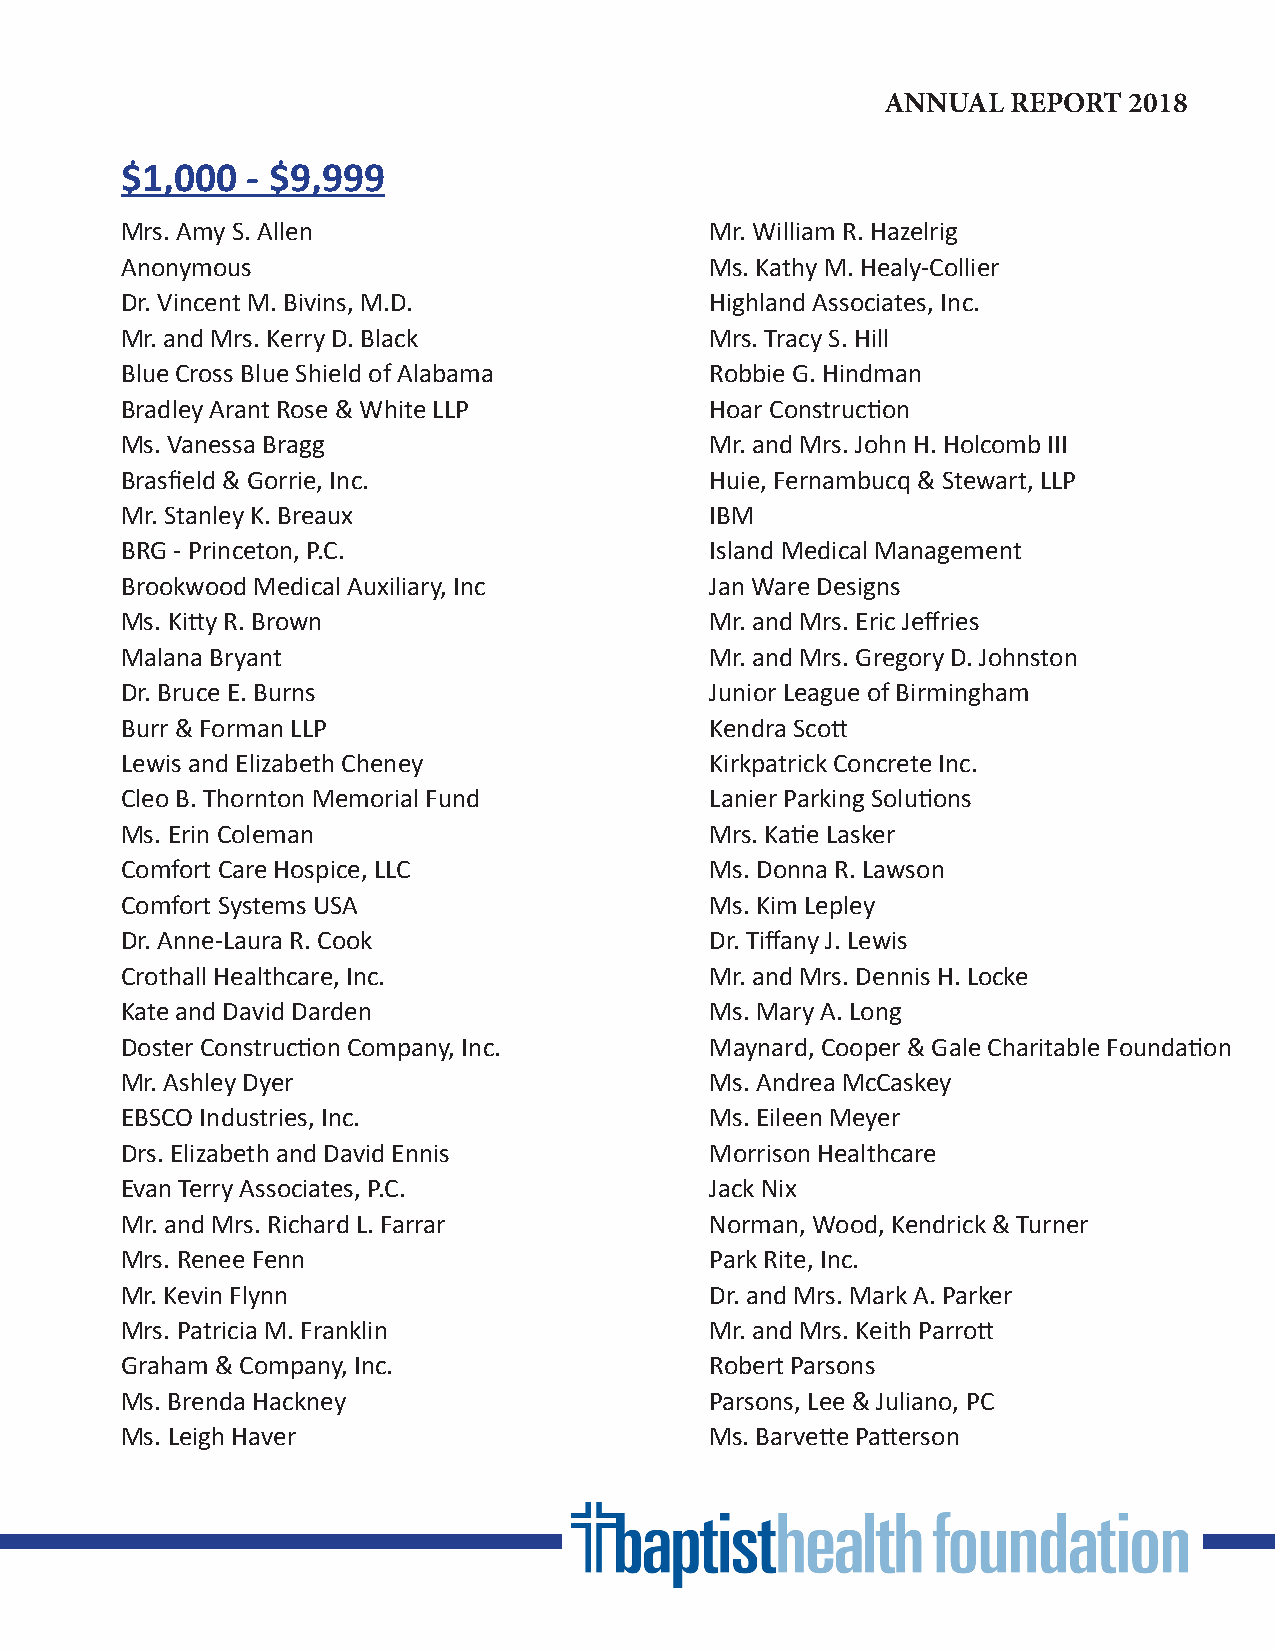
ANNUAL  REPORT  2018
 $1,000  - $9,999
 Mrs. Amy S. Allen                      Mr. William R. Hazelrig
 Anonymous                              Ms. Kathy M. Healy-Collier
 Dr. Vincent M. Bivins, M.D.            Highland Associates, Inc.
 Mr. and Mrs. Kerry D. Black            Mrs. Tracy S. Hill
 Blue Cross Blue Shield of Alabama      Robbie G. Hindman
 Bradley Arant Rose & White LLP         Hoar Construction
 Ms. Vanessa Bragg                      Mr. and Mrs. John H. Holcomb III
 Brasfield & Gorrie, Inc.               Huie, Fernambucq & Stewart, LLP
 Mr. Stanley K. Breaux                  IBM
 BRG - Princeton, P.C.                  Island Medical Management
 Brookwood Medical Auxiliary, Inc       Jan Ware Designs
 Ms. Kitty R. Brown                     Mr. and Mrs. Eric Jeffries
 Malana Bryant                          Mr. and Mrs. Gregory D. Johnston
 Dr. Bruce E. Burns                     Junior League of Birmingham
 Burr & Forman LLP                      Kendra Scott
 Lewis and Elizabeth Cheney             Kirkpatrick Concrete Inc.
 Cleo B. Thornton Memorial Fund         Lanier Parking Solutions
 Ms. Erin Coleman                       Mrs. Katie Lasker
 Comfort Care Hospice, LLC              Ms. Donna R. Lawson
 Comfort Systems USA                    Ms. Kim Lepley
 Dr. Anne-Laura R. Cook                 Dr. Tiffany J. Lewis
 Crothall Healthcare, Inc.              Mr. and Mrs. Dennis H. Locke
 Kate and David Darden                  Ms. Mary A. Long
 Doster Construction Company, Inc.      Maynard, Cooper & Gale Charitable Foundation
 Mr. Ashley Dyer                        Ms. Andrea McCaskey
 EBSCO Industries, Inc.                 Ms. Eileen Meyer
 Drs. Elizabeth and David Ennis         Morrison Healthcare
 Evan Terry Associates, P.C.            Jack Nix
 Mr. and Mrs. Richard L. Farrar         Norman, Wood, Kendrick & Turner
 Mrs. Renee Fenn                        Park Rite, Inc.
 Mr. Kevin Flynn                        Dr. and Mrs. Mark A. Parker
 Mrs. Patricia M. Franklin              Mr. and Mrs. Keith Parrott
 Graham & Company, Inc.                 Robert Parsons
 Ms. Brenda Hackney                     Parsons, Lee & Juliano, PC
 Ms. Leigh Haver                        Ms. Barvette Patterson